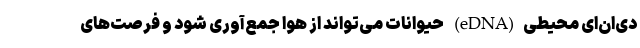
دی‌ان‌ای محیطی(eDNA) حیوانات می‌تواند از هوا جمع‌آوری شود و فرصت‌های